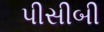
પીસીબી